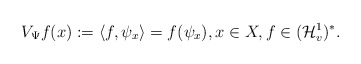
\begin{align*} V_\Psi f(x):= \langle f, \psi_x \rangle = f(\psi_x), x\in X, f\in (\mathcal H^1_v)^\ast. \end{align*}